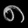
Digit: ၈